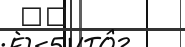
٨٠